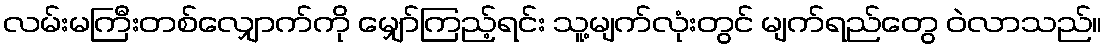
လမ်းမကြီးတစ်လျှောက်ကို မျှော်ကြည့်ရင်း သူ့မျက်လုံးတွင် မျက်ရည်တွေ ဝဲလာသည်။